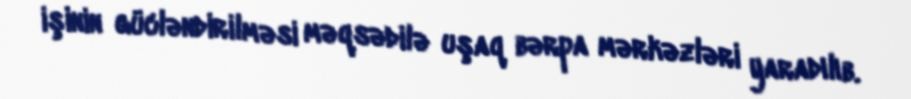
işinin gücləndirilməsi məqsədilə uşaq bərpa mərkəzləri yaradılıb.